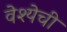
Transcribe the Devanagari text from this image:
वेश्येची